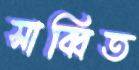
সাব্বিত